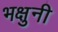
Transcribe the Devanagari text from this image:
भक्षुनी